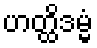
ဟတ္ထိဒမ္မံ